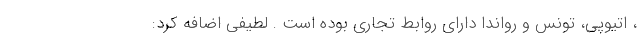
، اتیوپی، تونس و رواندا دارای روابط تجاری بوده است . لطیفی اضافه کرد: